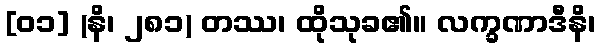
[၀၁] (နိ၊ ၂၈၁) တဿ၊ ထိုသုခ၏။ လက္ခဏာဒီနိ၊